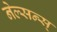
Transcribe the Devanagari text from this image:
नेल्सन्स्